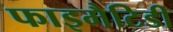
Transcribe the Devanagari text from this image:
फाइमैटिडी